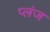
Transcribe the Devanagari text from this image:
प्लंज